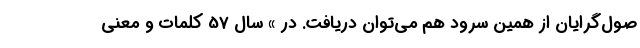
صول‌گرایان از همین سرود هم می‌توان دریافت. در » سال 57 کلمات و معنی